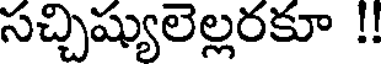
సచ్చిష్యులెల్లరకూ !!